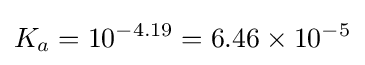
K_{a}=10^{-4.19}=6.46\times 10^{-5}